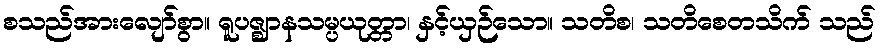
စသည်အားလျော်စွာ။ ရူပဇ္ဈာနသမ္ပယုတ္တာ၊ နှင့်ယှဉ်သော။ သတိစ၊ သတိစေတသိက် သည်